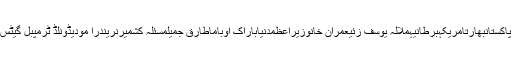
پاکستانبھارتامریکہبرطانیہملالہ یوسف زئیعمران خانوزیراعظمدنیاباراک اوباماطارق جمیلمسئلہ کشمیرنریندرا مودیڈونلڈ ٹرمپبل گیٹس